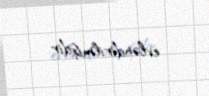
evləndirilmişdir.